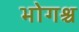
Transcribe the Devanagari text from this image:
भोगश्च